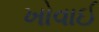
ખોવાઈ